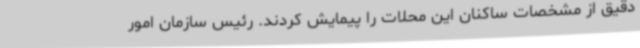
دقیق از مشخصات ساکنان این محلات را پیمایش کردند. رئیس سازمان امور